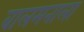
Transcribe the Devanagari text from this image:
बालमनाला